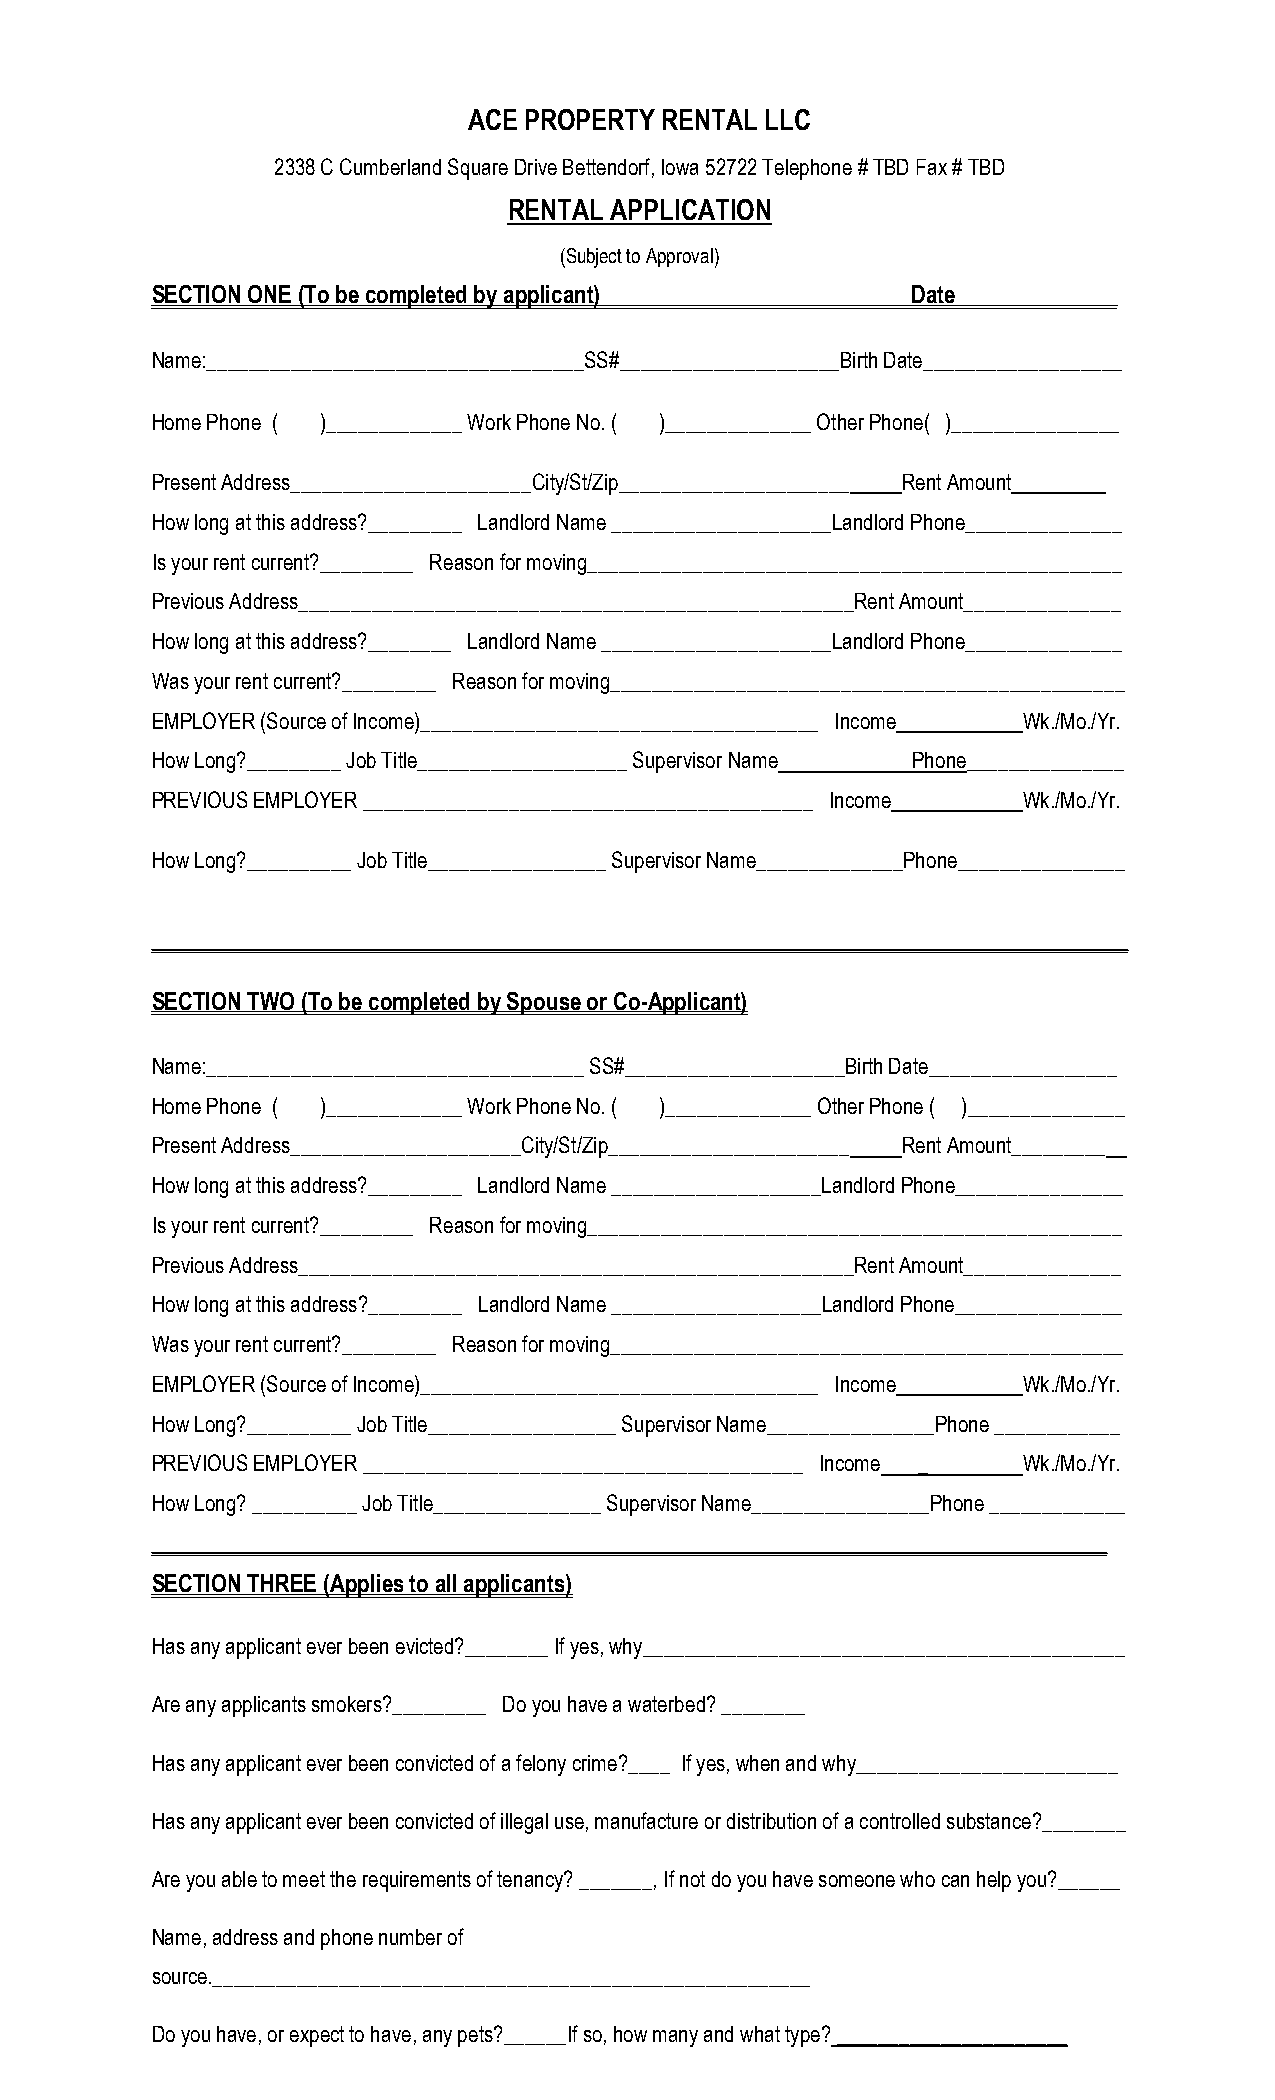
ACE PROPERTY RENTAL LLC
 2338 C Cumberland Square Drive Bettendorf, Iowa 52722 Telephone # TBD Fax # TBD
 RENTAL APPLICATION
 (Subject to Approval)
 SECTION ONE (To be completed by applicant)        Date______________
 Name:____________________________________SS#_____________________Birth Date___________________
 Home Phone ( )_____________ Work Phone No. ( )______________ Other Phone( )________________
 Present Address_______________________City/St/Zip______________________ Rent Amount_________
 How long at this address?_________ Landlord Name _____________________Landlord Phone_______________
 Is your rent current?_________ Reason for moving___________________________________________________
 Previous Address_____________________________________________________Rent Amount_______________
 How long at this address?________ Landlord Name ______________________Landlord Phone_______________
 Was your rent current?_________ Reason for moving_________________________________________________
 EMPLOYER (Source of Income)______________________________________ Income Wk./Mo./Yr.
 How Long?_________ Job Title____________________ Supervisor Name Phone_______________
 PREVIOUS EMPLOYER ___________________________________________ Income Wk./Mo./Yr.
 How Long?__________ Job Title_________________ Supervisor Name______________Phone________________
 _____________________________________________________________________________________________
 SECTION TWO (To be completed by Spouse or Co-Applicant)
 Name:____________________________________ SS#_____________________Birth Date__________________
 Home Phone ( )_____________ Work Phone No. ( )______________ Other Phone ( )_______________
 Present Address______________________City/St/Zip_______________________ Rent Amount_________
 How long at this address?_________ Landlord Name ____________________Landlord Phone________________
 Is your rent current?_________ Reason for moving___________________________________________________
 Previous Address_____________________________________________________Rent Amount_______________
 How long at this address?_________ Landlord Name ____________________Landlord Phone________________
 Was your rent current?_________ Reason for moving_________________________________________________
 EMPLOYER (Source of Income)______________________________________ Income Wk./Mo./Yr.
 How Long?__________ Job Title__________________ Supervisor Name________________Phone ____________
 PREVIOUS EMPLOYER __________________________________________ Income _ Wk./Mo./Yr.
 How Long? __________ Job Title________________ Supervisor Name_________________Phone _____________
 ___________________________________________________________________________________________
 SECTION THREE (Applies to all applicants)
 Has any applicant ever been evicted?________ If yes, why______________________________________________
 Are any applicants smokers?_________ Do you have a waterbed? ________
 Has any applicant ever been convicted of a felony crime?____ If yes, when and why_________________________
 Has any applicant ever been convicted of illegal use, manufacture or distribution of a controlled substance?________
 Are you able to meet the requirements of tenancy? _______, If not do you have someone who can help you?______
 Name, address and phone number of
 source._________________________________________________________
 Do you have, or expect to have, any pets?______If so, how many and what type? ______________________